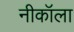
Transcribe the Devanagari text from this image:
नीकॉला